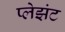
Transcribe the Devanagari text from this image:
प्लेझंट